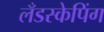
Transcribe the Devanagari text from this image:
लँडस्केपिंग